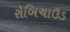
રોબિચાઉડ